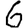
Digit: 6